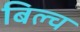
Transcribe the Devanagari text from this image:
बिल्च